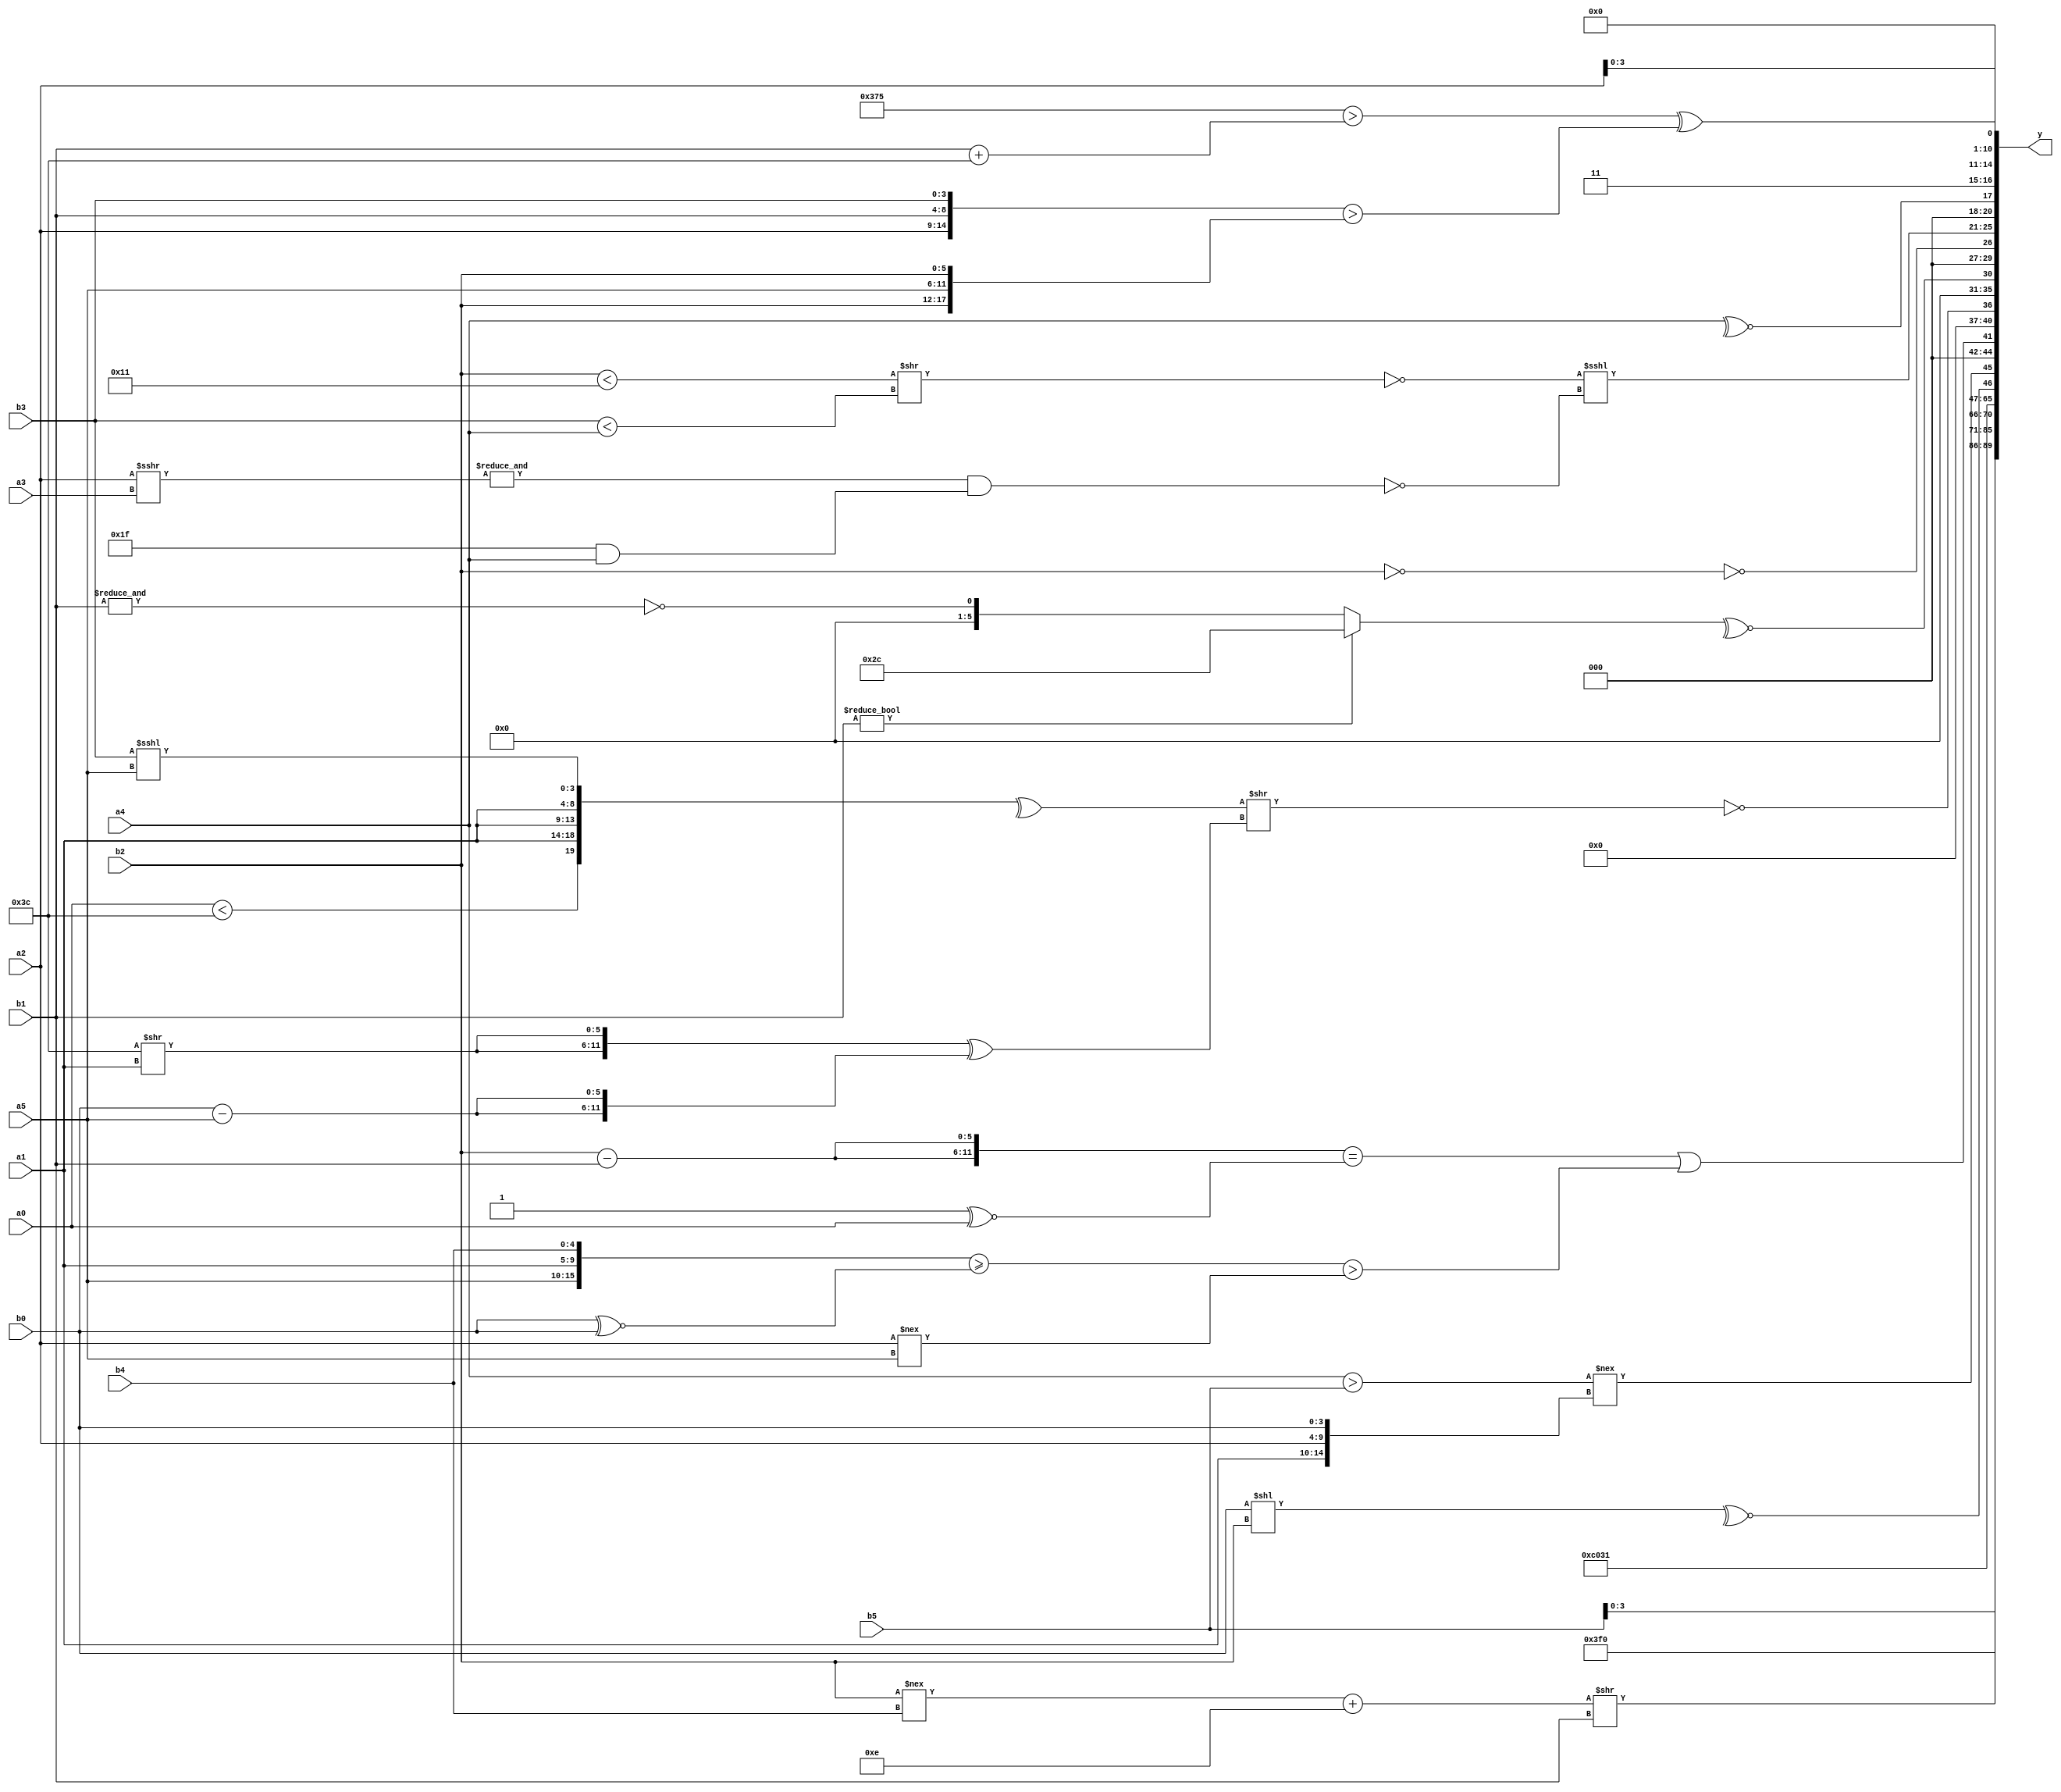
module expression_00923(a0, a1, a2, a3, a4, a5, b0, b1, b2, b3, b4, b5, y);
  input [3:0] a0;
  input [4:0] a1;
  input [5:0] a2;
  input signed [3:0] a3;
  input signed [4:0] a4;
  input signed [5:0] a5;

  input [3:0] b0;
  input [4:0] b1;
  input [5:0] b2;
  input signed [3:0] b3;
  input signed [4:0] b4;
  input signed [5:0] b5;

  wire [3:0] y0;
  wire [4:0] y1;
  wire [5:0] y2;
  wire signed [3:0] y3;
  wire signed [4:0] y4;
  wire signed [5:0] y5;
  wire [3:0] y6;
  wire [4:0] y7;
  wire [5:0] y8;
  wire signed [3:0] y9;
  wire signed [4:0] y10;
  wire signed [5:0] y11;
  wire [3:0] y12;
  wire [4:0] y13;
  wire [5:0] y14;
  wire signed [3:0] y15;
  wire signed [4:0] y16;
  wire signed [5:0] y17;

  output [89:0] y;
  assign y = {y0,y1,y2,y3,y4,y5,y6,y7,y8,y9,y10,y11,y12,y13,y14,y15,y16,y17};

  localparam [3:0] p0 = (((5'sd1)?((-3'sd2)?(3'd3):(5'd27)):(2'd3))?(3'sd1):{((-5'sd8)?(5'sd15):(5'd14)),(6'd2 * (2'd3)),(4'd2)});
  localparam [4:0] p1 = {3{(((-3'sd2)?(-4'sd5):(5'd3))?{3{(5'd17)}}:{4{(5'd19)}})}};
  localparam [5:0] p2 = ((4'd5)===(5'd1));
  localparam signed [3:0] p3 = (-3'sd0);
  localparam signed [4:0] p4 = (~^{(-3'sd1),{1{(-2'sd1)}},(5'sd14)});
  localparam signed [5:0] p5 = {3{(-5'sd9)}};
  localparam [3:0] p6 = (-(4'd2));
  localparam [4:0] p7 = ((((4'sd1)>>(-4'sd2))>>{4{(-4'sd6)}})<=(-3'sd3));
  localparam [5:0] p8 = ((((5'sd2)!==(4'd4))?((3'd4)<=(3'd1)):{4{(4'd1)}})^~(2'd3));
  localparam signed [3:0] p9 = (((4'sd6)^~(5'd24))*(-(^(-2'sd0))));
  localparam signed [4:0] p10 = {4{(-5'sd5)}};
  localparam signed [5:0] p11 = {4{(2'd1)}};
  localparam [3:0] p12 = (-5'sd11);
  localparam [4:0] p13 = (~(5'sd0));
  localparam [5:0] p14 = (|(3'd0));
  localparam signed [3:0] p15 = (~&(2'd0));
  localparam signed [4:0] p16 = {4{(-2'sd1)}};
  localparam signed [5:0] p17 = (~{{((^((3'd0)===(3'd2)))!=={(2'sd0),(2'd1)}),{((2'sd1)+(4'd14)),{(3'd0),(5'd4),(2'd3)}}}});

  assign y0 = {{{4{{a5,p2,b5}}}}};
  assign y1 = {(~^(|(-{{(|(-(~|p4))),(&(4'd2 * p13))},((|(^(^p15)))>=(~(~(^p3))))})))};
  assign y2 = {3{{3{(2'd3)}}}};
  assign y3 = (4'd2 * {1{(p1==p2)}});
  assign y4 = (((b2!==b4)+(p14?b1:p6))>>(p15?b1:a2));
  assign y5 = (3'd6);
  assign y6 = {1{(|(~^(~|(({3{p16}}>>>(p11&p16))>>>((!p13)<<(p13>p0))))))}};
  assign y7 = {2{$signed((&(~&{p4,p6})))}};
  assign y8 = {(^(~&(2'sd1))),(^(~^(b0<<b2))),((a4>b5)!=={a1,a2,b0})};
  assign y9 = {1{(({2{(b2-b1)}}==$signed((p15^~a0)))|(({a5,a1,b4}>=(b0^~b0))>$unsigned((a2!==a5))))}};
  assign y10 = (~&((|(^{(a0<p8),{3{a1}},(b3<<<a5)}))>>({2{(p8>>a1)}}^{2{(b0-a5)}})));
  assign y11 = ((~^(+((b1)?(p17):(~&b1)))));
  assign y12 = (~&((!b2)));
  assign y13 = ((~^(&(|((b2<p1)>>(b3<a4)))))<<<(~((&(a2>>>a3))&(p13&&a4))));
  assign y14 = {(~^a4),(|p13),(~^p9)};
  assign y15 = ({({a2,a4,p12}?(p6!=p10):{2{a3}}),((p0&&p11)?(5'd2 * p8):(a1+b2)),{2{({p15,p11,a2})}}});
  assign y16 = {(a5>=p10),{(3'd0)},(a0>>>p6)};
  assign y17 = ((({p5,p12}>(b1+p8)))^({a2,b1,b3}>(+{b2,a5,b2})));
endmodule